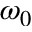
\omega _ { 0 }